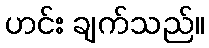
ဟင်း ချက်သည်။